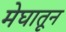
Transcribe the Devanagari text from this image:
मेघातून